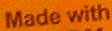
Mode with